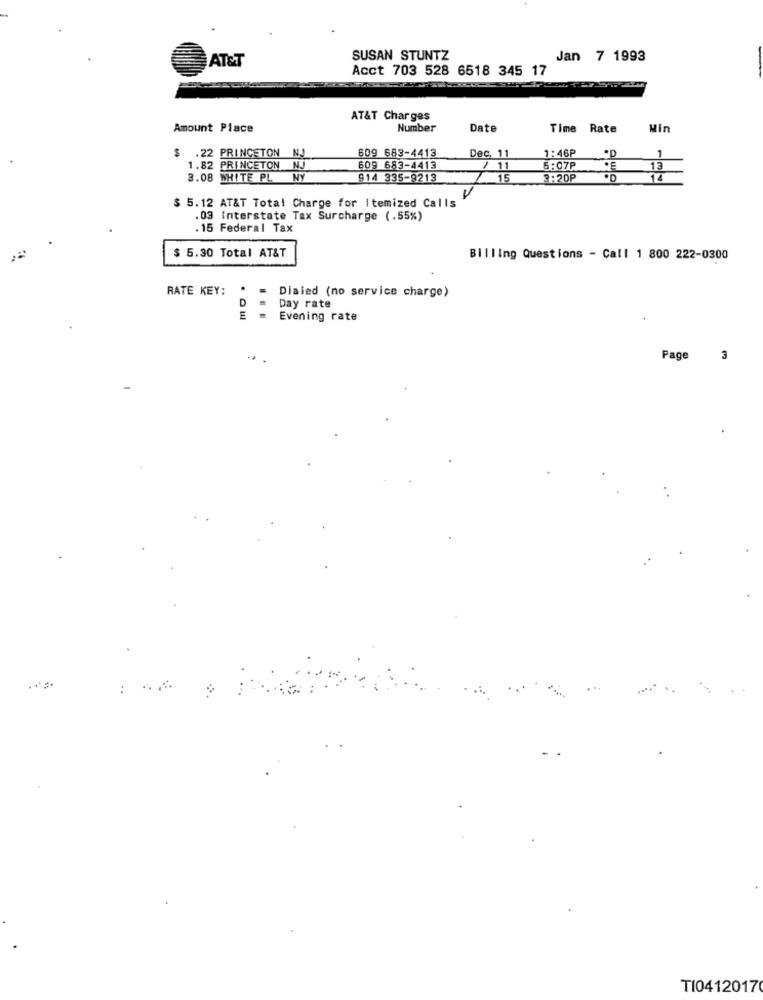
AT&T
SUSAN STUNTZ
Jan 7 1993
Acct 703 528 6518 345 17
AT&T Charges
Amount Place
Number
Date
Time R
Min
609 683-4413
1:46P
$ .22 PRINCETON
NJ
Dec. 11
1
1.82 PRINCETON
NJ
609 683-4413
/ 11
5:07P
13
3.08 WHITE PL
NY
914 335-9213
3:20P
·D
14
$ 5.12 AT&T Total Charge for Itemized Calls
.03 Interstate Tax Surcharge (.55%)
. 15 Federal Tax
$ 5.30 Total AT&T
Billing Questions - Call 1 800 222-0300
RATE KEY: *=
D
Dialed (no service charge)
Day rate
Evening rate
Page
3
:
TI0412017